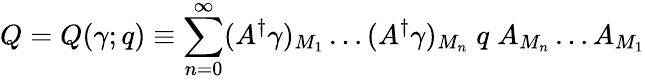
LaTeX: Q=Q(\gamma;q)\equiv\sum_{n=0}^{\infty}(A^{\dagger}\gamma)_{M_{1}}\ldots(A^{\dagger}\gamma)_{M_{n}}\; q\; A_{M_{n}}\ldots A_{M_{1}}